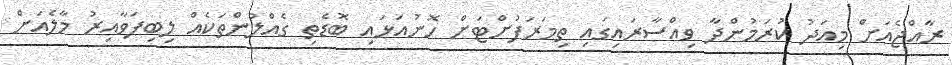
ރާއްޖެއަށް މިއަދު ކުރަމުންދާ ވިއްސާރައިގައި ތިމަރަފުށްޓަށް ހޮނުއަޅައި ބޮޑެތި ގެއްލުންތަކެއް ލިބިފަވާއިރު މާލެއަށް